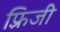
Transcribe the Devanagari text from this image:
फ़्रिजी